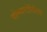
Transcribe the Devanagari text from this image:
पोल्यारटेरिटिस